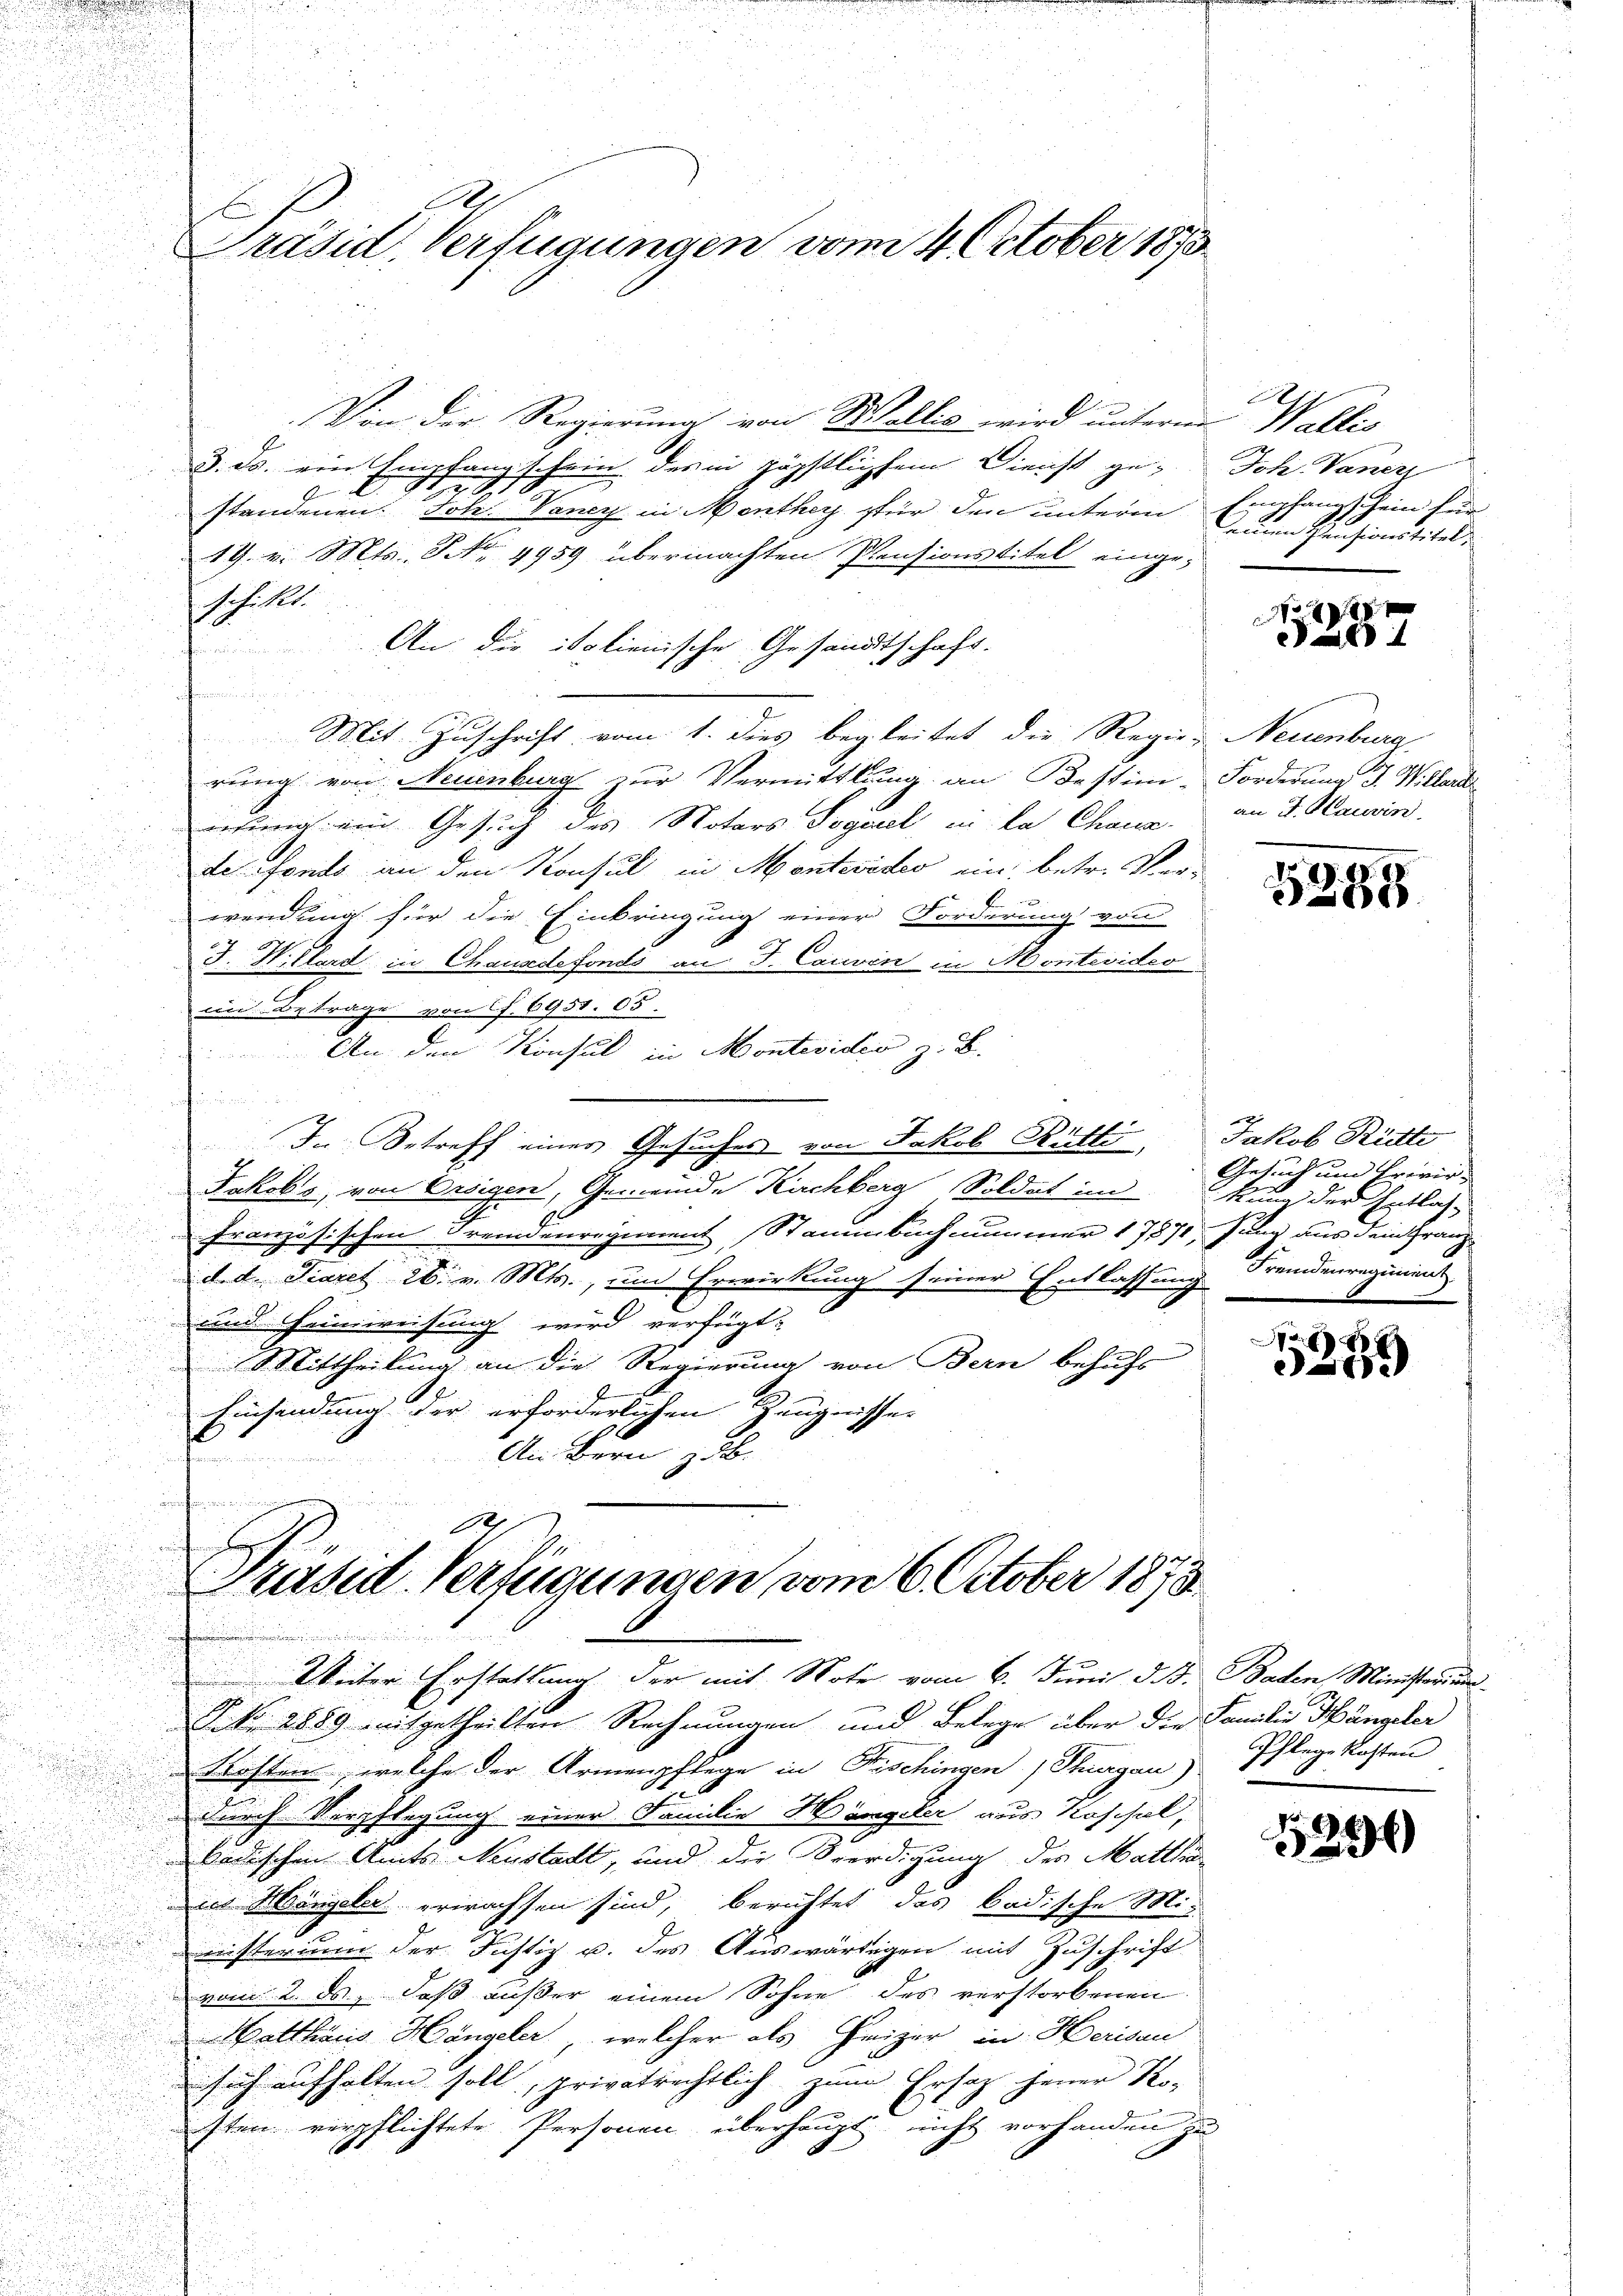
Präsid, Verfügungen vom 4. October 1893

Von der Regierung von Wallis wird unterm Wallis
3. ds. ein Empfang schein der in päpstlichem Dienst ge-

standenen Joh. Vancy in Menther für den unterm
19. v. Mts. S. 4959 übermachten Pensionstitel eingeschickt.
An die italienische Gesandtschaft.

Mit Zuschrift vom 1. dies begleitet die Regie-Neuenburg,
rung von Neuenburg zur Vermittlung an Bestim-Forderung 3. Willerd
wedung ein Gesuch des Notars Segesel in da Chana
de fonds an den Konsul in Montevideo ein, betr. Verwendung für die Einbringung einer Forderung von
J. Willert in Chausdefonds an J. Carvon in Montevideo
in Betrage von Cs.6951. 05.
An den Konsul in Montevideo z. B.
e

I. Betreff eines Gesuches von Jakob Rütti, Jakob Ritte
i
Jakobs, von Oesigen, Gemeinde Kirchberg Soldat im Rang der Entlas-
Französischen Fremdenregiment Staumbuchnmmer 1787, fung aus dem Franzd. d. Tiaret 2. v. Mts., um Erwirkung seiner Entlassung Fremdenregiment
und Heimweisung wird verfügt,
Mittheilung an die Regierung von Bern behufs
Einsendung der erforderlichen Zeugnisse.
An Bern z. B.
unferen
Präsid. Verfügungen vom 6. October 1873
 Weiter Erstattung der mit Note vom 6. Juni d. B. Baden Ministerium
P. Nr. 2889 mitgetheilten Rechnungen und Belege über die Familie Hängeler
Leisten, welche der Armenpflege in Fischingen, Thurgau)
u
durch Verpflegung einer Familie Hängeler aus Roschel,
badischen Amts Neustadt, und die Beerdigung der Matthia
in Mängeler erwachsen sind, berichtet das badische Mi¬
2
wisterium der Justiz u. des Auswärtigen mit Zuschrift
vom 2. ds. daß außer einem Sohne des verstorbenen
Matthaus Hängeler, welcher als Heizer in Herisau
sich aufhalten soll, privatrechtlich zum Ersatz herer Ko-
sten verpflichtete Personen überhaupt nicht vorhanden zu

Ich. Vaner
Empfangs sein für
auren Pensionstitel.

No
aal i

an J. Hauvin

295

Gesuch und Brevir

a
3259

Schlege kosten

8
224